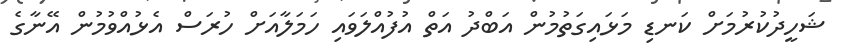
ޝަހީދުކުރުމަށް ކަނޑި މަޅައިގަތުމުން އަބްދު އަތް އުފުއްލަވައި ހަމަލާއަށް ހުރަސް އެޅުއްވުމުން އޭނާގެ